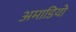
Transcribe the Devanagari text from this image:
अमाडियो